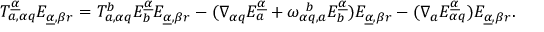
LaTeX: T _ { a , \alpha q } ^ { \underline { { \alpha } } } E _ { \underline { { \alpha } } , \beta r } = T _ { a , \alpha q } ^ { b } E _ { b } ^ { \underline { { \alpha } } } E _ { \underline { { \alpha } } , \beta r } - ( \nabla _ { \alpha q } E _ { a } ^ { \underline { { \alpha } } } + \omega _ { \alpha q , a } ^ { ~ b } E _ { b } ^ { \underline { { \alpha } } } ) E _ { \underline { { \alpha } } , \beta r } - ( \nabla _ { a } E _ { \alpha q } ^ { \underline { { \alpha } } } ) E _ { \underline { { \alpha } } , \beta r } .